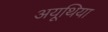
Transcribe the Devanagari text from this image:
अयूथिया